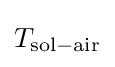
T_{\mathrm {sol-air} }